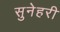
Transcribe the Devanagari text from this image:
सुनेहरी